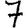
Digit: 7